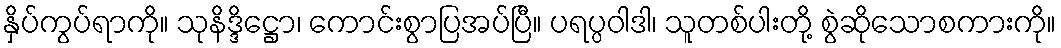
နှိပ်ကွပ်ရာကို။ သုနိဒ္ဒိဋ္ဌော၊ ကောင်းစွာပြအပ်ပြီ။ ပရပ္ပဝါဒါ၊ သူတစ်ပါးတို့ စွဲဆိုသောစကားကို။